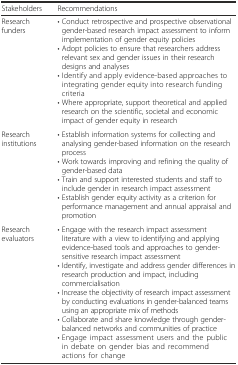
<table><thead><tr><td><b>Stakeholders</b></td><td><b>Recommendations</b></td></tr></thead><tbody><tr><td>Research funders</td><td>• Conduct retrospective and prospective observational gender-based research impact assessment to inform implementation of gender equity policies• Adopt policies to ensure that researchers address relevant sex and gender issues in their research designs and analyses• Identify and apply evidence-based approaches to integrating gender equity into research funding criteria• Where appropriate, support theoretical and applied research on the scientific, societal and economic impact of gender equity in research</td></tr><tr><td>Research institutions</td><td>• Establish information systems for collecting and analysing gender-based information on the research process• Work towards improving and refining the quality of gender-based data• Train and support interested students and staff to include gender in research impact assessment• Establish gender equity activity as a criterion for performance management and annual appraisal and promotion</td></tr><tr><td>Research evaluators</td><td>• Engage with the research impact assessment literature with a view to identifying and applying evidence-based tools and approaches to gender-sensitive research impact assessment• Identify, investigate and address gender differences in research production and impact, including commercialisation• Increase the objectivity of research impact assessment by conducting evaluations in gender-balanced teams using an appropriate mix of methods• Collaborate and share knowledge through gender-balanced networks and communities of practice• Engage impact assessment users and the public in debate on gender bias and recommend actions for change</td></tr></tbody></table>